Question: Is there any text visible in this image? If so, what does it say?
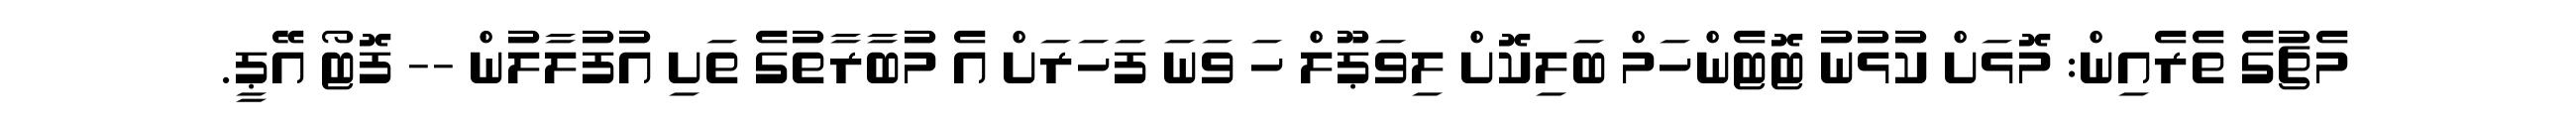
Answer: މެޗުގެ ތެރެއިން: މޮޅަށް ކުޅުނު ޓޮޓެންހަމް ބަލިކޮށް ލިވަޕޫލް ހަ ވަނަ ފަހަރަށް އެ މުބާރާތުގެ ތަށި އުފުލާލުން -- ފޮޓޯ އޭޕީ.